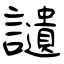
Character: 讉